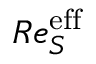
R e _ { S } ^ { \mathrm { e f f } }